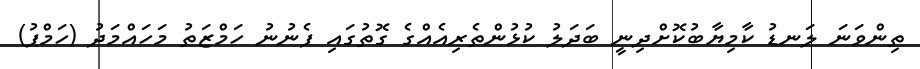
ތިންވަނަ ލަނޑު ކާމިޔާބުކޮށްދިނީ ބަދަލު ކުޅުންތެރިއެއްގެ ގޮތުގައި ފެނުނު ހަމްޒަތު މަހައްމަދު (ހަމްޕު)